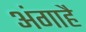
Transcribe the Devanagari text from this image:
अंगाहै